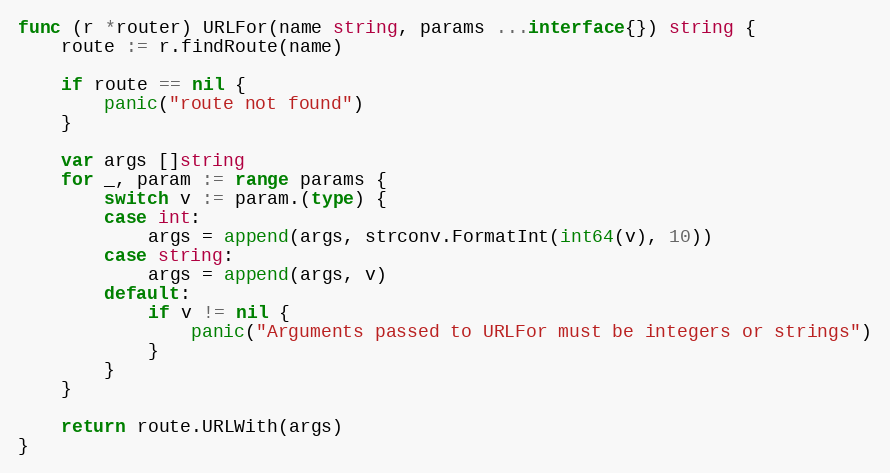
Language: Go
func (r *router) URLFor(name string, params ...interface{}) string {
	route := r.findRoute(name)

	if route == nil {
		panic("route not found")
	}

	var args []string
	for _, param := range params {
		switch v := param.(type) {
		case int:
			args = append(args, strconv.FormatInt(int64(v), 10))
		case string:
			args = append(args, v)
		default:
			if v != nil {
				panic("Arguments passed to URLFor must be integers or strings")
			}
		}
	}

	return route.URLWith(args)
}